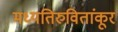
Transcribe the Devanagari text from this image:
मध्यतिरुवितांकूर